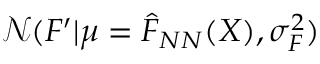
\mathcal { N } ( F ^ { \prime } | \mu = \hat { F } _ { N N } ( X ) , \sigma _ { F } ^ { 2 } )